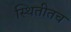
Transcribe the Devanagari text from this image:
स्थितीतच